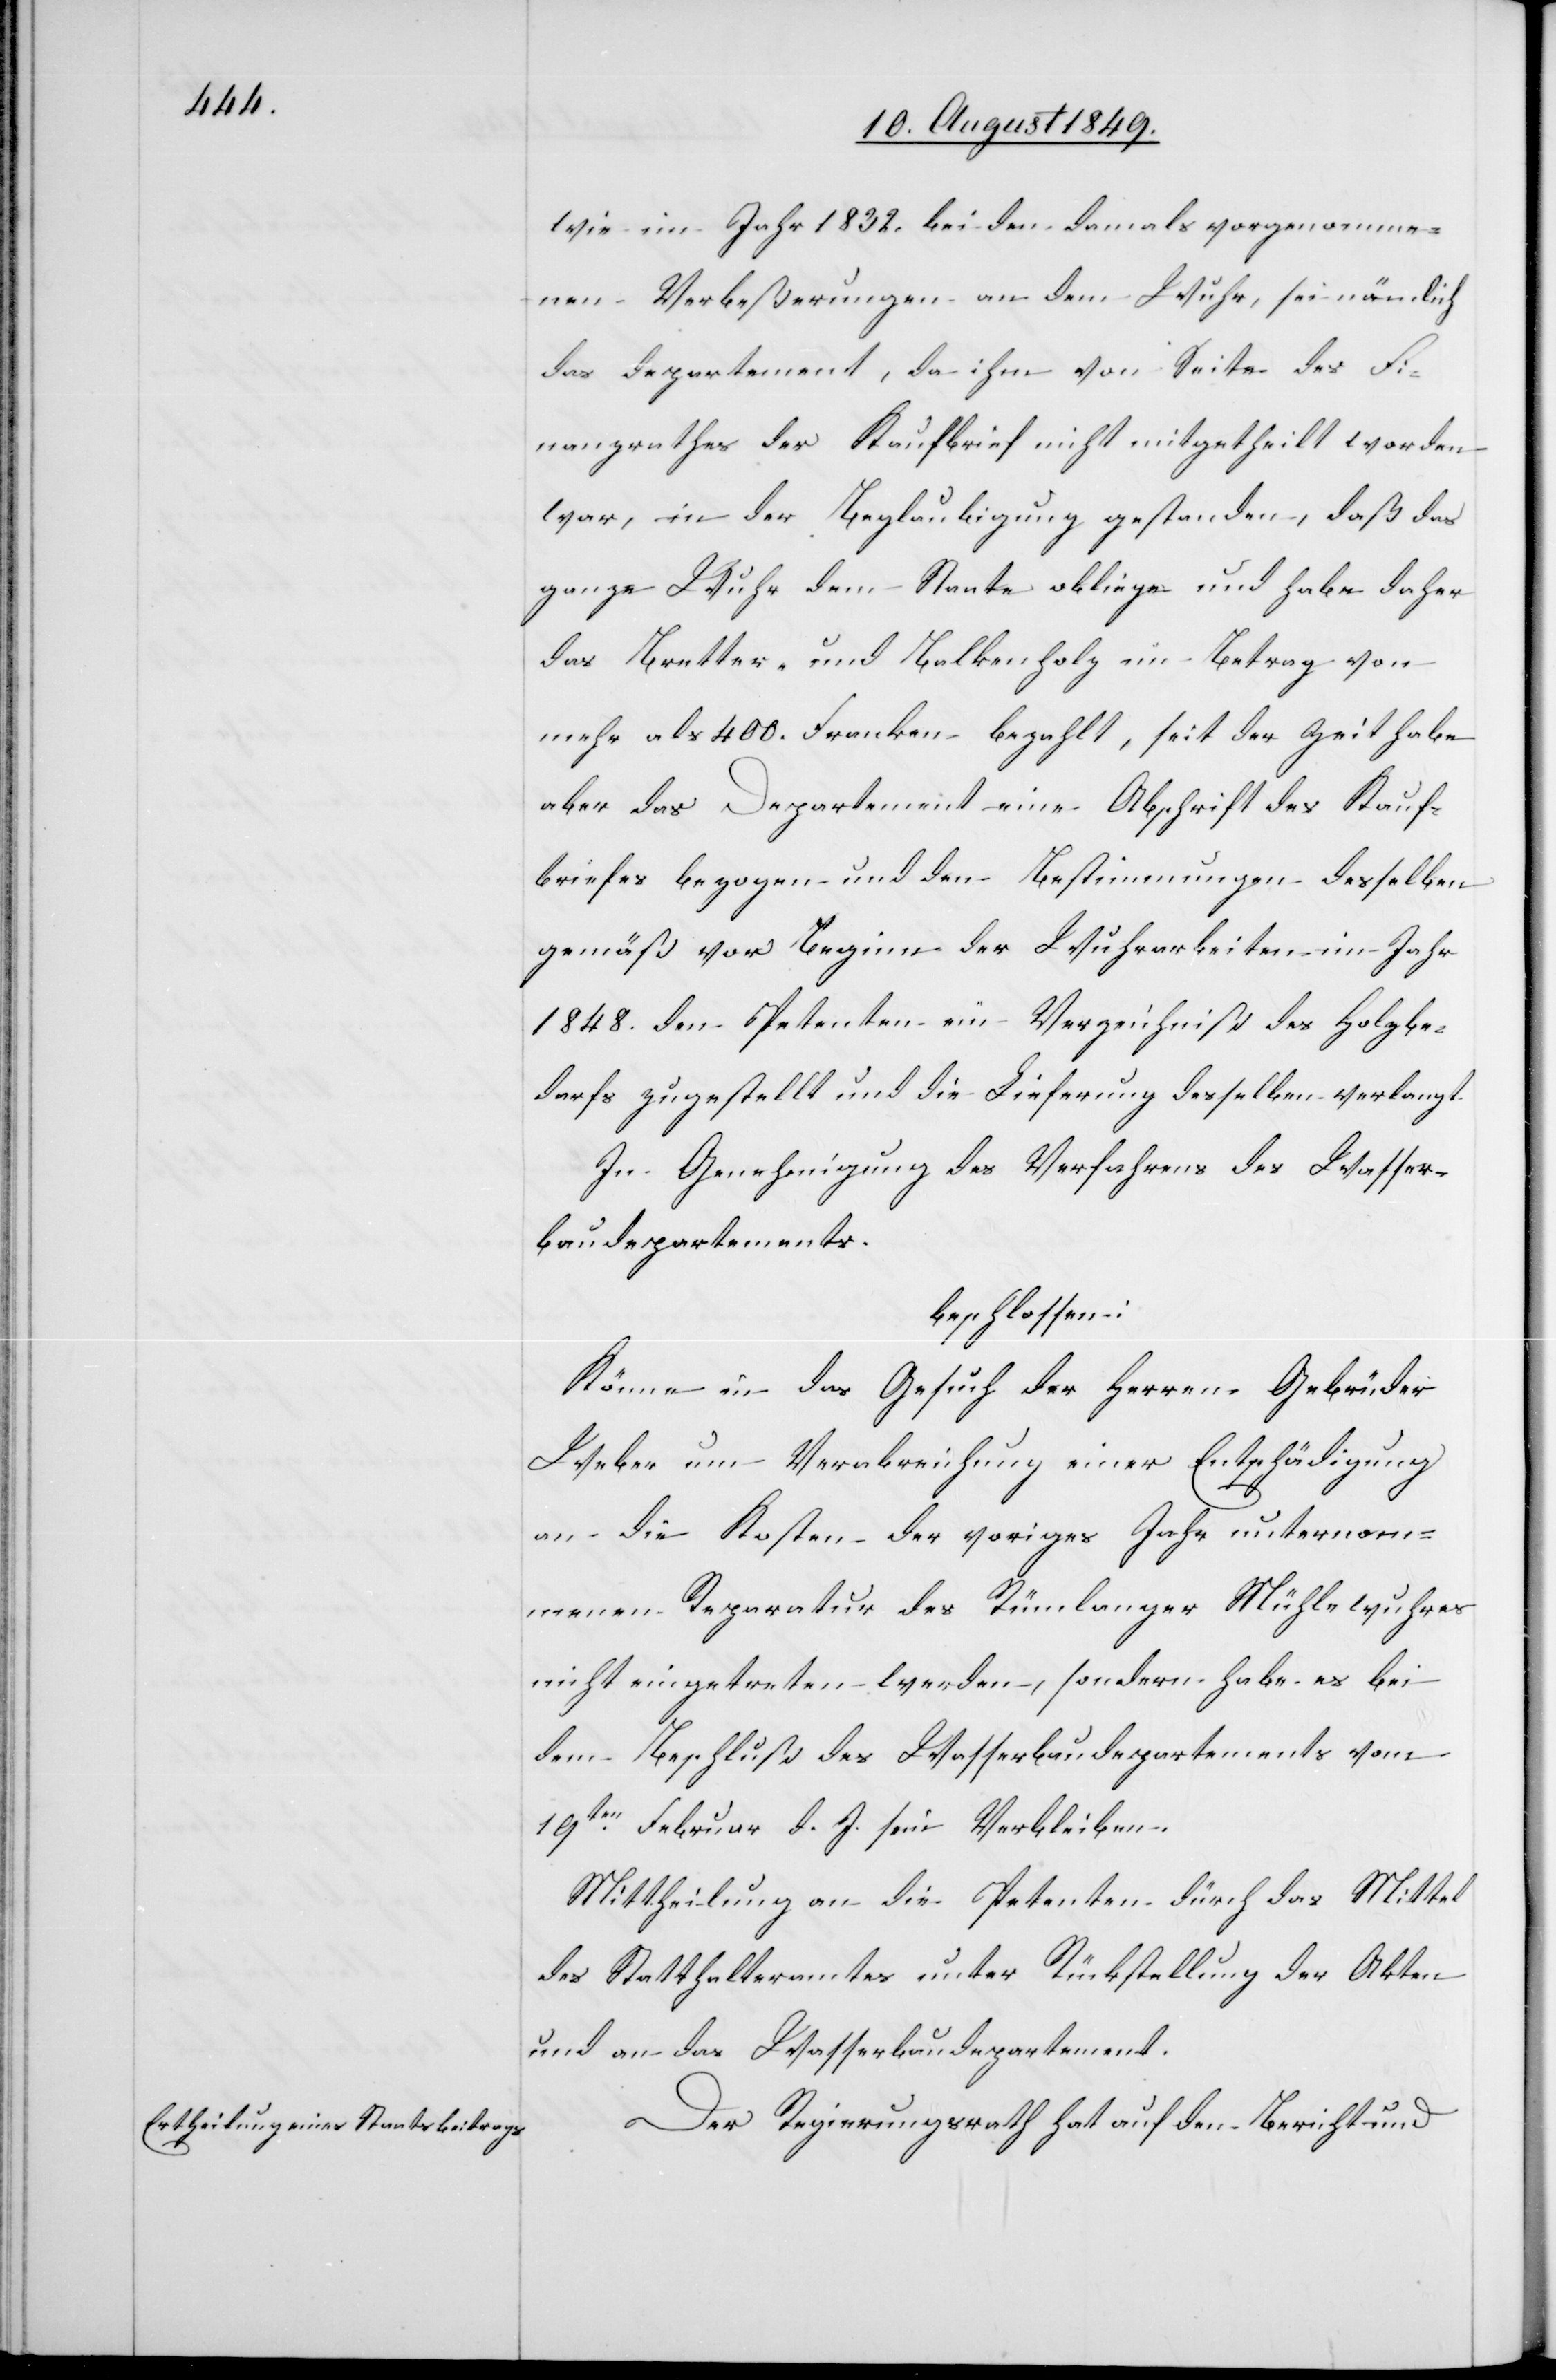
wie im Jahr 1832. bei den damals vorgenomme¬
nen Verbeßerungen an dem Wuhr, sei nämlich
das Departement, da ihm von Seite des Fi¬
nanzrathes der Kaufbrief nicht mitgetheilt worden
war, in der Beglaubigung gestanden, daß das
ganze Wuhr dem Staate obliege und habe daher
das Bretter- und Balkenholz im Betrag von
mehr als 400. Franken bezahlt, seit der Zeit habe
aber das Departement eine Abschrift des Kauf¬
briefes bezogen und den Bestimmungen desselben
gemäß vor Beginn der Wuhrarbeiten im Jahr
1848. den Petenten ein Verzeichniß des Holzbe¬
darfs zugestellt und die Lieferung derselben verlangt.
In Genehmigung des Verfahrens des Wasser¬
baudepartements
beschlossen:
Könne in das Gesuch der Herren Gebrüder
Weber um Verabreichung einer Entschädigung
an die Kosten der voriges Jahr unternom¬
menen Reparatur des Rümlanger Mühlewuhres
nicht eingetreten werden, sondern habe es bei
dem Beschluß des Wasserbaudepartements vom
19ten Februar d. J. sein Verbleiben.
Mittheilung an die Petenten dürch [sic!] das Mittel
des Statthalteramtes unter Rückstellung der Akten
und an das Wasserbaudepartement.
Der Regierungsrath hat auf den Bericht und